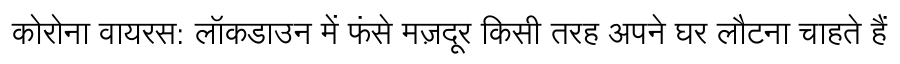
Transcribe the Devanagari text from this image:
कोरोना वायरस: लॉकडाउन में फंसे मज़दूर किसी तरह अपने घर लौटना चाहते हैं